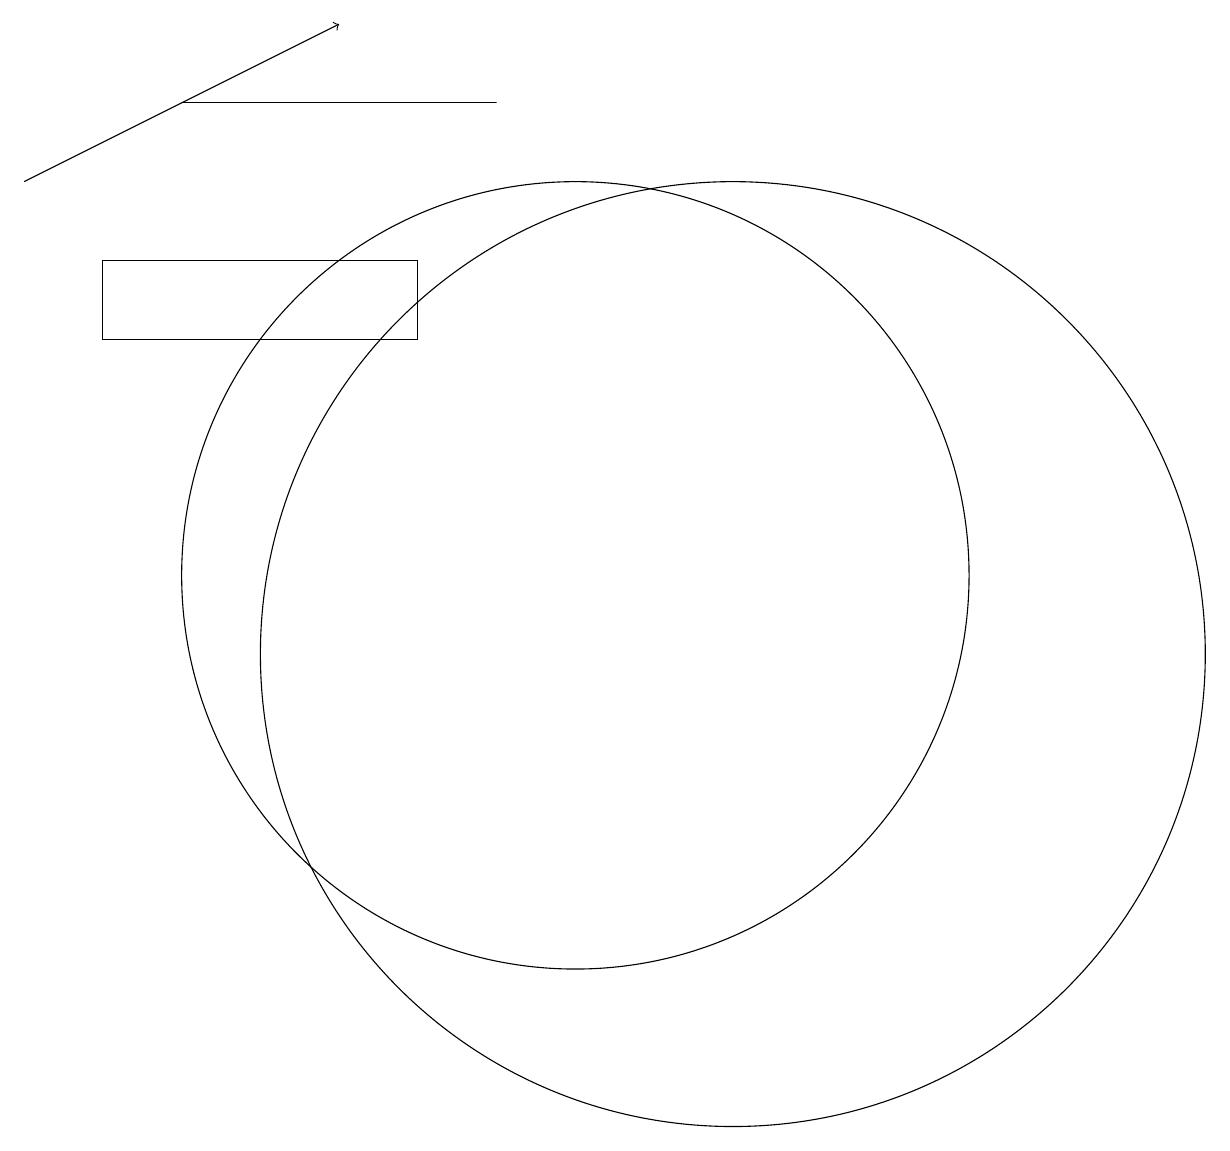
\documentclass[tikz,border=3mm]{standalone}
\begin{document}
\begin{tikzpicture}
\draw (8,15) rectangle (4,14);
\draw (9,17) rectangle (5,17);
\draw (12,10) circle (6);
\draw (10,11) circle (5);
\draw[->] (3,16) -- (7,18);
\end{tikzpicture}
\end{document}